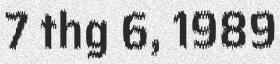
7 thg 6, 1989